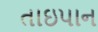
તાઇપાન